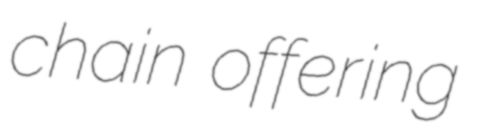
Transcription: chain offering